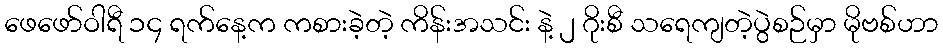
ဖေဖော်ဝါရီ ၁၄ ရက်နေ့က ကစားခဲ့တဲ့ ကိန်းအသင်း နဲ့ ၂ ဂိုးစီ သရေကျတဲ့ပွဲစဉ်မှာ မိုဗစ်ဟာ